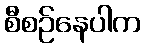
စီစဉ်နေပါက